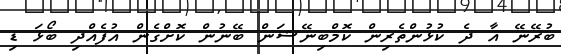
ބުރޭނޭ އާ ދެ ކުޅުންތެރިން ކޮމްބިނޭޝަން ބޭނުން ކޮށްގެން އުފެއްދި ބޯޅަ ޑި